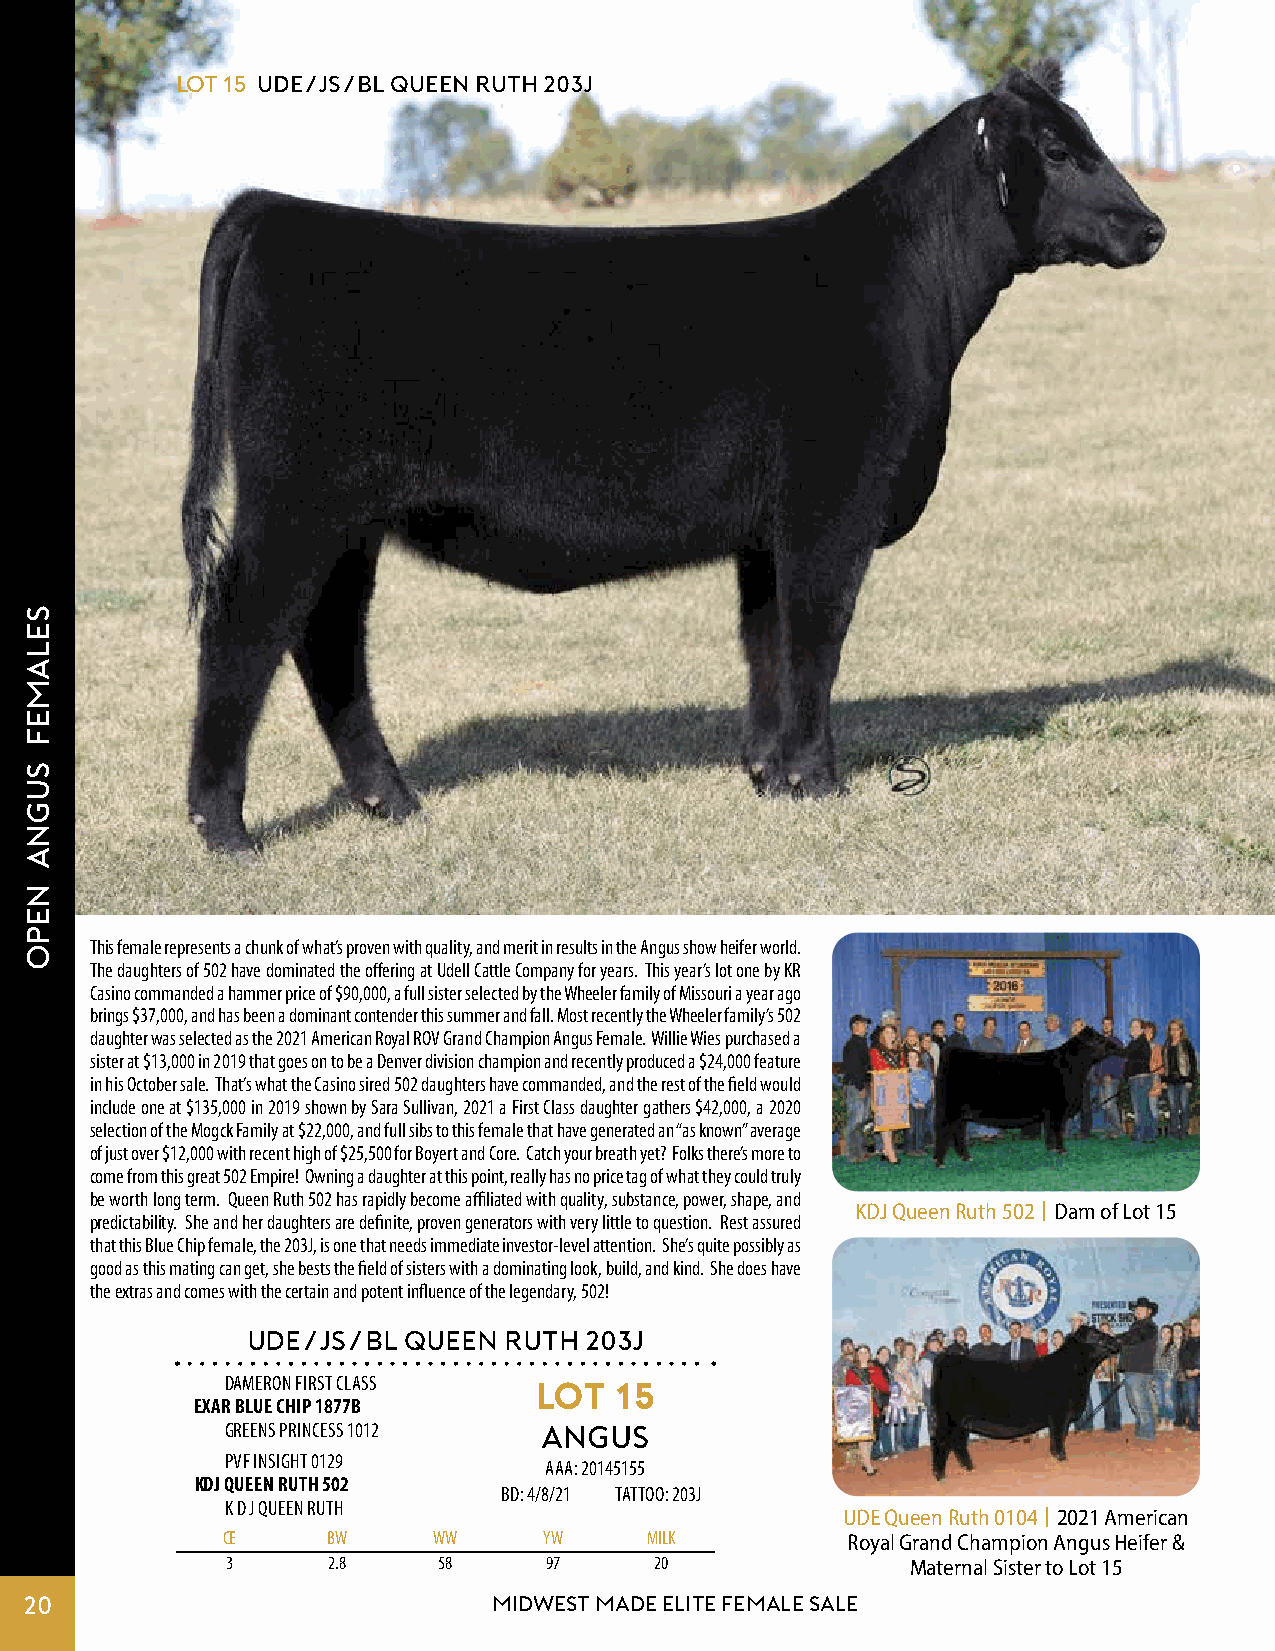
Lot 15 UDE/JS/BL QUEEN RUTH 203J
 This female represents a chunk of what’s proven with quality, and merit in results in the Angus show heifer world.
 The daughters of 502 have dominated the offering at Udell Cattle Company for years. This year’s lot one by KR
 Casino commanded a hammer price of $90,000, a full sister selected by the Wheeler family of Missouri a year ago
 brings $37,000, and has been a dominant contender this summer and fall. Most recently the Wheeler family’s 502
 daughter was selected as the 2021 American Royal ROV Grand Champion Angus Female. Willie Wies purchased a
 sister at $13,000 in 2019 that goes on to be a Denver division champion and recently produced a $24,000 feature
 in his October sale. That’s what the Casino sired 502 daughters have commanded, and the rest of the field would
 include one at $135,000 in 2019 shown by Sara Sullivan, 2021 a First Class daughter gathers $42,000, a 2020
 selection of the Mogck Family at $22,000, and full sibs to this female that have generated an “as known” average
 of just over $12,000 with recent high of $25,500 for Boyert and Core. Catch your breath yet? Folks there’s more to
 come from this great 502 Empire! Owning a daughter at this point, really has no price tag of what they could truly
 be worth long term. Queen Ruth 502 has rapidly become affiliated with quality, substance, power, shape, and
 KDJ Queen Ruth 502 | Dam of Lot 15
 predictability. She and her daughters are definite, proven generators with very little to question. Rest assured
 that this Blue Chip female, the 203J, is one that needs immediate investor-level attention. She’s quite possibly as
 good as this mating can get, she bests the field of sisters with a dominating look, build, and kind. She does have
 the extras and comes with the certain and potent influence of the legendary, 502!
 UDE/JS/BL  QUEEN RUTH  203J
 DAMERON FIRST CLASS LOT   15
 EXAR BLUE CHIP 1877B
 GREENS PRINCESS 1012 ANGUS
 PVF INSIGHT 0129
 AAA: 20145155
 KDJ QUEEN RUTH 502
 BD: 4/8/21 TATTOO: 203J
 K D J QUEEN RUTH
 UDE Queen Ruth 0104 | 2021 American
 CE     BW     WW     YW     MILK         Royal Grand Champion Angus Heifer &
 3      2.8    58     97     20               Maternal Sister to Lot 15
 20                             MIDWEST MADE ELITE FEMALE SALE
 selamef
 SUGNA
 nepo